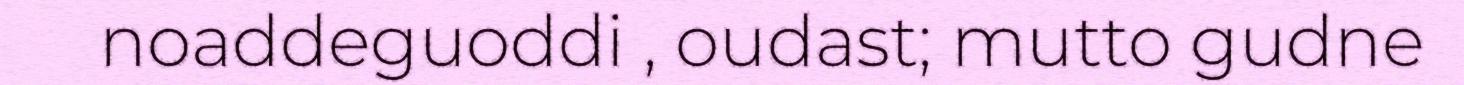
noaddeguoddi , oudast; mutto gudne